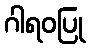
ဂါရဝပြု